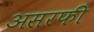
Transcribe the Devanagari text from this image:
असरफी